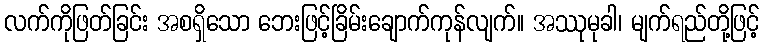
လက်ကိုဖြတ်ခြင်း အစရှိသော ဘေးဖြင့်ခြိမ်းချောက်ကုန်လျက်။ အဿုမုခါ၊ မျက်ရည်တို့ဖြင့်